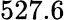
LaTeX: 527.6